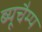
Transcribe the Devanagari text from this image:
ब्यूचैम्प